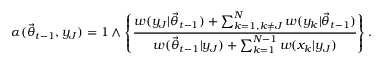
\alpha ( \ensuremath { \vec { \theta } } _ { t - 1 } , y _ { J } ) = 1 \wedge \left\{ \frac { w ( y _ { J } | \ensuremath { \vec { \theta } } _ { t - 1 } ) + \sum _ { k = 1 , k \neq J } ^ { N } w ( y _ { k } | \ensuremath { \vec { \theta } } _ { t - 1 } ) } { w ( \ensuremath { \vec { \theta } } _ { t - 1 } | y _ { J } ) + \sum _ { k = 1 } ^ { N - 1 } w ( x _ { k } | y _ { J } ) } \right\} .